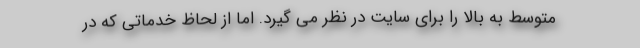
متوسط به بالا را براي سايت در نظر مي گيرد. اما از لحاظ خدماتي كه در